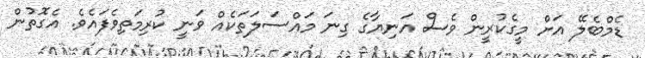
ޑެމްބެލޭ އަށް މީގެކުރީން ވެސް އަނިޔާގެ ގިނަ މައްސަލަތަކެއް ވަނީ ކުރިމަތިވެފައެވެ. އެގޮތުން